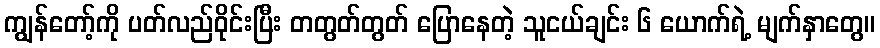
ကျွန်တော့်ကို ပတ်လည်ဝိုင်းပြီး တတွတ်တွတ် ပြောနေတဲ့ သူငယ်ချင်း ၆ ယောက်ရဲ့ မျက်နှာတွေ။